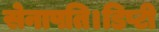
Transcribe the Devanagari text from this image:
सेनापति।डिप्टी